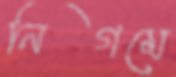
নিগমে